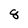
Character: 8